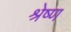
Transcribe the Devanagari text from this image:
श्रेष्‍ण